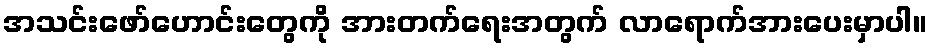
အသင်းဖော်ဟောင်းတွေကို အားတက်ရေးအတွက် လာရောက်အားပေးမှာပါ။